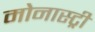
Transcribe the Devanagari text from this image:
मोनास्ट्री